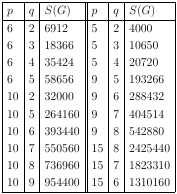
| p | q | S(G) | p | q | S(G) |
 | --- | --- | --- | --- | --- | --- |
 | 6 | 2 | 6912 | 5 | 2 | 4000 |
 | 6 | 3 | 18366 | 5 | 3 | 10650 |
 | 6 | 4 | 35424 | 5 | 4 | 20720 |
 | 6 | 5 | 58656 | 9 | 5 | 193266 |
 | 10 | 2 | 32000 | 9 | 6 | 288432 |
 | 10 | 5 | 264160 | 9 | 7 | 404514 |
 | 10 | 6 | 393440 | 9 | 8 | 542880 |
 | 10 | 7 | 550560 | 15 | 8 | 2425440 |
 | 10 | 8 | 736960 | 15 | 7 | 1823310 |
 | 10 | 9 | 954400 | 15 | 6 | 1310160 |